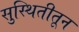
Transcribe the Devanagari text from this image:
सुस्थितीतून